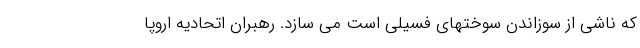
که ناشی از سوزاندن سوختهای فسیلی است می سازد. رهبران اتحادیه اروپا